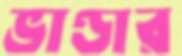
ভাণ্ডার